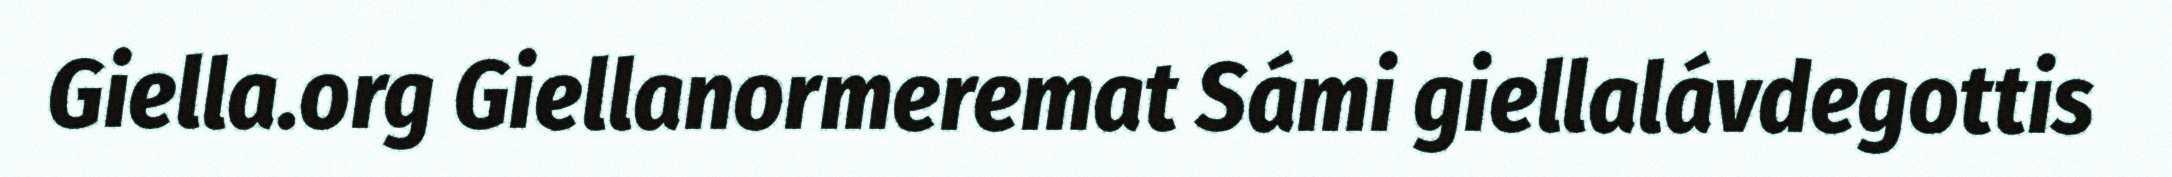
Giella.org Giellanormeremat Sámi giellalávdegottis